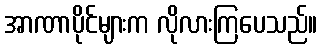
အာဏာပိုင်များက လိုလားကြပေသည်။